Senior Leaving Certificate Examination (including Day School Certificate (Higher) General paper), 1948
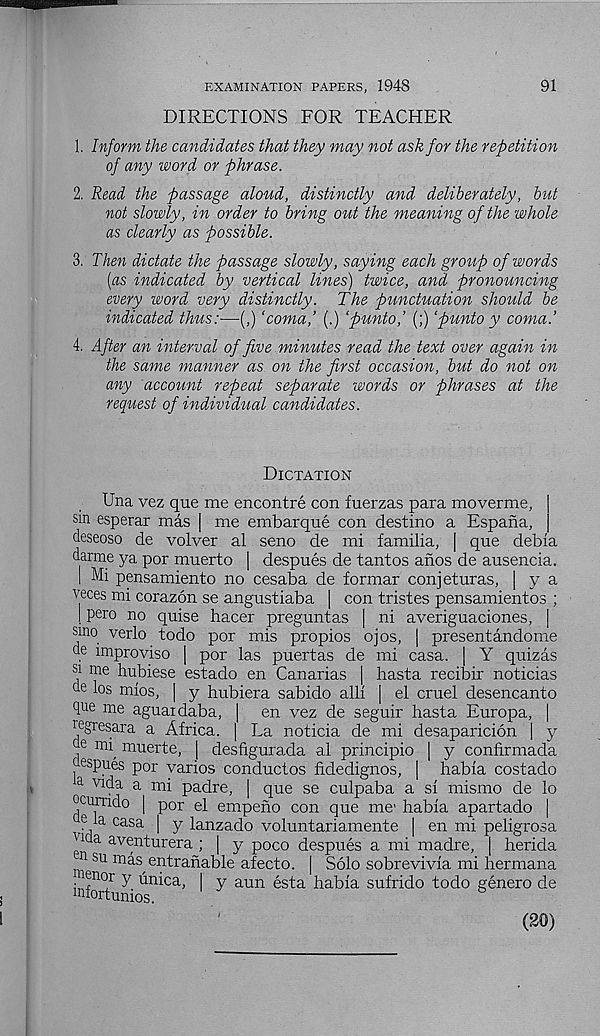
EXAMINATION PAPERS, 1948
DIRECTIONS FOR TEACHER
91
1. Inform the candidates that they may not ask for the repetition
of any word or phrase.
2. Read the passage aloud, distinctly and deliberately, but
not slowly, in order to bring out the meaning of the whole
as clearly as possible.
3. Then dictate the passage slowly, saying each group of words
[as indicated by vertical lines) twice, and pronouncing
every word very distinctly. The punctuation should be
indicated thus:—(,) ‘coma,’ (.) ‘punto,’ (;) ‘punto y coma.’
4. After an interval of five minutes read the text over again in
the same manner as on the first occasion, but do not on
any account repeat separate words or phrases at the
request of individual candidates.
Dictation
Una vez que me encontre con fuerzas para moverme,
sm esperar mas | me embarque con destine a Espana,
deseoso de volver al seno de mi familia, | que debia
darme ya por muerto | despues de tantos aiios de ausencia.
I Mi pensamiento no cesaba de formar conjeturas, | y a
veces mi corazon se angustiaba \ con tristes pensamientos ;
I pero no quise hacer preguntas | ni averiguaciones, |
smo verlo todo por mis propios ojos, | presentandome
de improvise | por las puertas de mi casa. | Y quizas
si me hubiese estado en Canarias | hasta recibir noticias
de los mios, | y hubiera sabido alii | el cruel desencanto
Tie me aguaidaba, | en vez de seguir hasta Europa, |
legresara a Africa. | La noticia de mi desaparicion j y
^e mri muerte, | desfigurada al principio | y confirmada
espues por yarios conductos fidedignos, | habia costado
a V1< ? a a mi padre, | que se culpaba a si mismo de lo
ocurndo | por el empeno con que me' habia apartado |
e A casa | y lanzado voluntariamente | en mi peligrosa
a a aventurera ; | y poco despues a mi madre, | herida
n su mas entranable afecto. | Solo sobrevivia mi hermana
^enor y unica, | y aun esta habia sufrido todo genero de
(20)